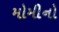
મોમીનો